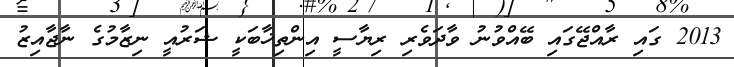
2013 ގައި ރާއްޖޭގައި ބޭއްވުނު ވާދަވެރި ރިޔާސީ އިންތިޚާބަކީ ޝަރުއީ ނިޒާމުގެ ނާޖާއިޒު